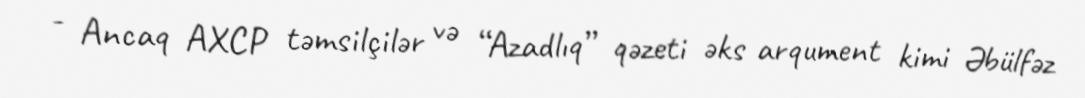
- Ancaq AXCP təmsilçilər və “Azadlıq” qəzeti əks arqument kimi Əbülfəz